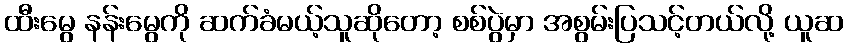
ထီးမွေ နန်းမွေကို ဆက်ခံမယ့်သူဆိုတော့ စစ်ပွဲမှာ အစွမ်းပြသင့်တယ်လို့ ယူဆ